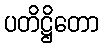
ပတိဋ္ဌိတော